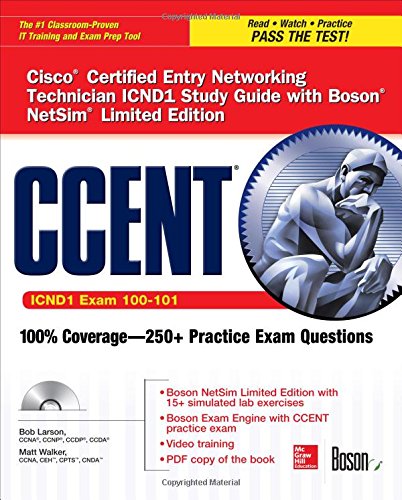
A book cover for CCENT Cisco Certified Entry Networking Technician ICND1 Study Guide (Exam 100-101) with Boson NetSim Limited Edition (Certification Press); Bob Larson; Computers & Technology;